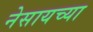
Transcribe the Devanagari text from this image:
नेसायच्या